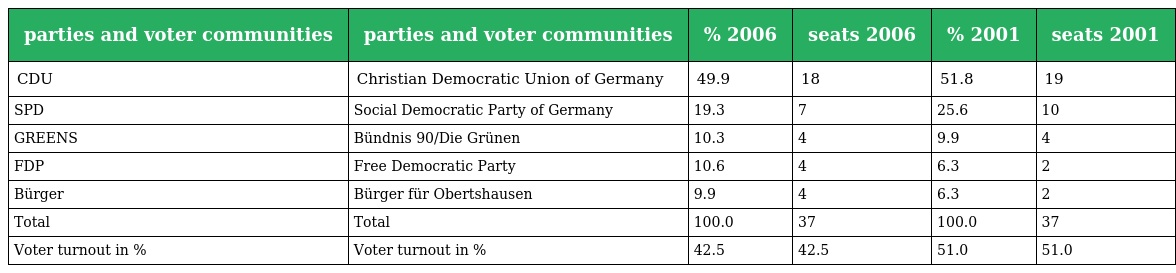
| parties and voter communities | parties and voter communities | % 2006 | seats 2006 | % 2001 | seats 2001 |
 | --- | --- | --- | --- | --- | --- |
 | CDU | Christian Democratic Union of Germany | 49.9 | 18 | 51.8 | 19 |
 | SPD | Social Democratic Party of Germany | 19.3 | 7 | 25.6 | 10 |
 | GREENS | Bündnis 90/Die Grünen | 10.3 | 4 | 9.9 | 4 |
 | FDP | Free Democratic Party | 10.6 | 4 | 6.3 | 2 |
 | Bürger | Bürger für Obertshausen | 9.9 | 4 | 6.3 | 2 |
 | Total | Total | 100.0 | 37 | 100.0 | 37 |
 | Voter turnout in % | Voter turnout in % | 42.5 | 42.5 | 51.0 | 51.0 |